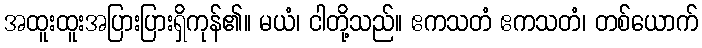
အထူးထူးအပြားပြားရှိကုန်၏။ မယံ၊ ငါတို့သည်။ ဧကသတံ ဧကသတံ၊ တစ်ယောက်